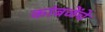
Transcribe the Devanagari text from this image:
कांबळेेंचे